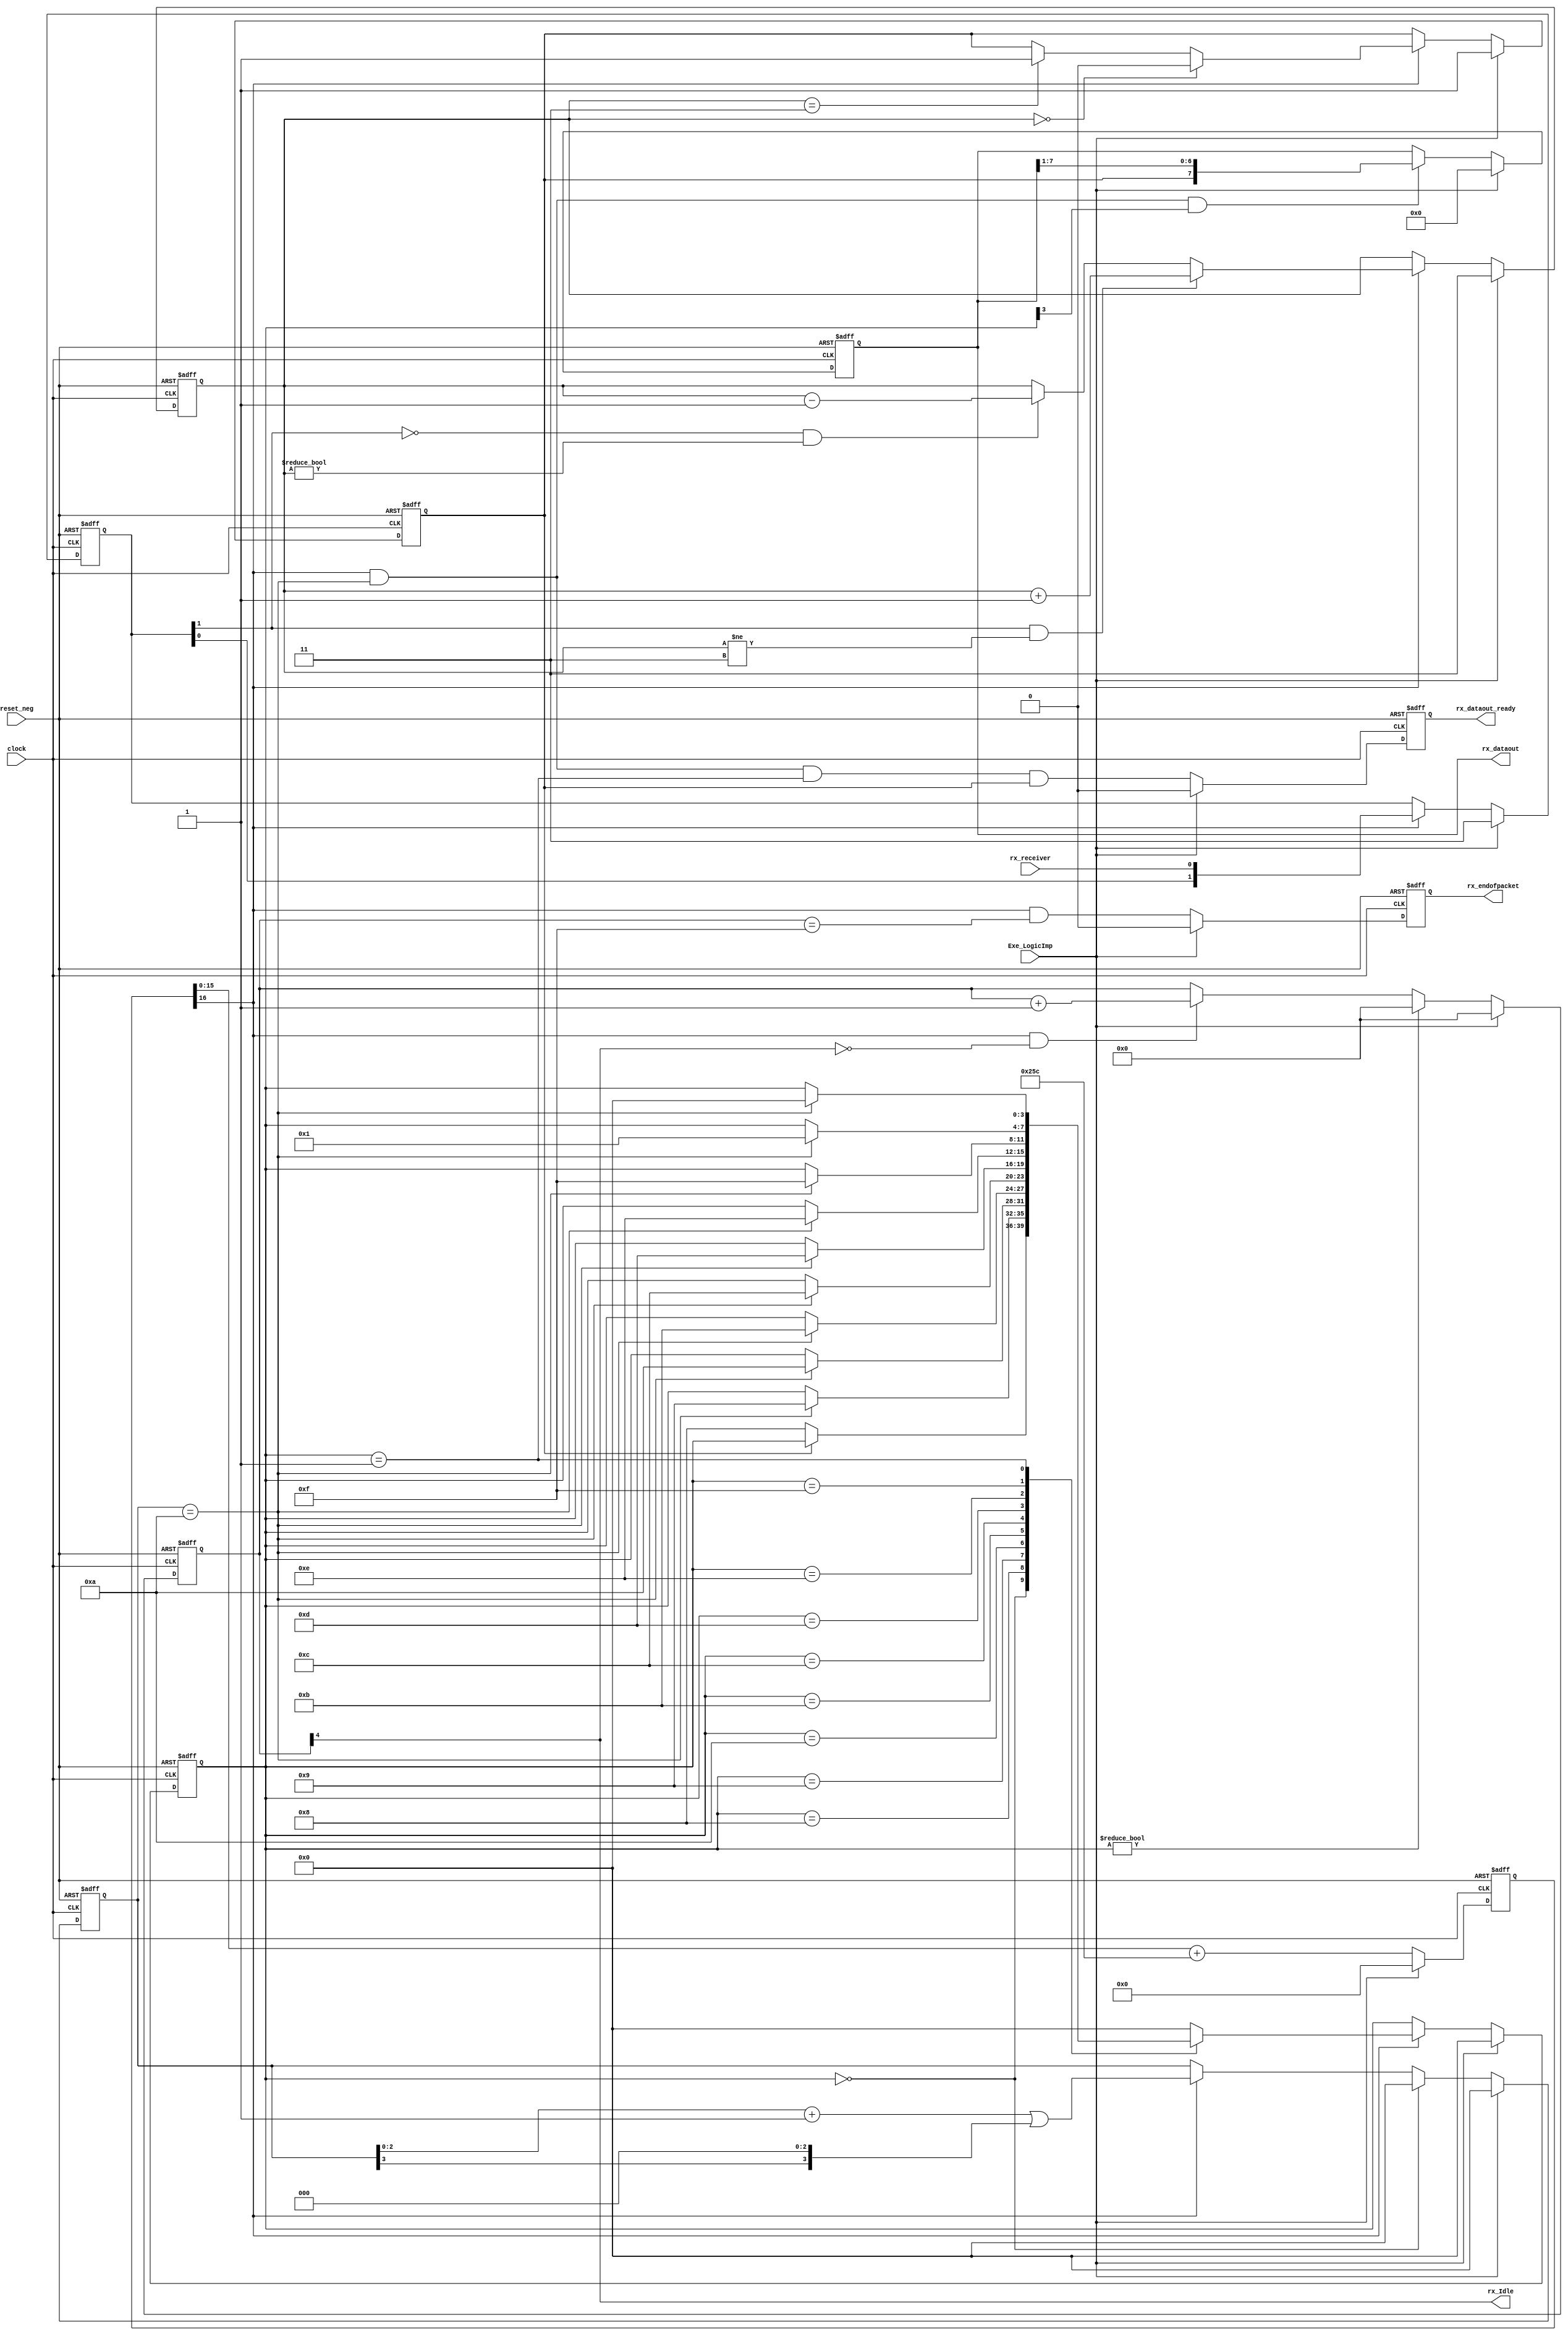
module RS232_Rx (
    reset_neg,
    clock,
    rx_receiver,
    rx_dataout_ready,
    rx_dataout,
    // Optional pins for identifying long breaks in data reception
    rx_endofpacket,
    rx_Idle,
    Exe_LogicImp
);

parameter HIGH = 1'b1;
parameter LOW = 1'b0;

// `ifdef ML401
parameter CLOCK_FREQ = 100000000; // 100MHz
// `else // ifdef ML461
// parameter CLOCK_FREQ = 33000000; // 33MHz
// `endif

parameter BAUD_RATE = 115200; // 115200;
parameter BAUD_RATE_8X = BAUD_RATE * 8;

parameter BAUD_8X_ACC_WIDTH = 16;

input reset_neg;
input clock;
input rx_receiver;
input Exe_LogicImp;
output rx_dataout_ready;
output [7:0] rx_dataout;

// Optional pins for identifying long breaks in data reception
output rx_endofpacket; // One clock pulse when no more data is received (rx_Idle goes high)
output rx_Idle; // No data is being received

wire [BAUD_8X_ACC_WIDTH:0] Baud_8X_Incr;
reg [BAUD_8X_ACC_WIDTH:0] Baud_8X_Acc;

assign Baud_8X_Incr = ((BAUD_RATE_8X << (BAUD_8X_ACC_WIDTH - 7)) + (CLOCK_FREQ >> 8)) / (CLOCK_FREQ >> 7);
always @(posedge clock or negedge reset_neg) begin
    if (reset_neg == LOW) begin
        Baud_8X_Acc <= {(BAUD_8X_ACC_WIDTH + 1){LOW}};
    end
    else if (Exe_LogicImp == 1'b1) begin
        Baud_8X_Acc <= {(BAUD_8X_ACC_WIDTH + 1){LOW}};
    end
    else begin
        Baud_8X_Acc <= Baud_8X_Acc[BAUD_8X_ACC_WIDTH - 1:0] + Baud_8X_Incr;
    end
end

wire Baud_Pulse_8x = Baud_8X_Acc[BAUD_8X_ACC_WIDTH];

reg [1:0] Rx_Sync;
always @(posedge clock or negedge reset_neg) begin
    if (reset_neg == LOW) begin
        Rx_Sync <= 2'b11;
    end
    else if (Exe_LogicImp == 1'b1) begin
        Rx_Sync <= 2'b11;
    end
    else if (Baud_Pulse_8x) begin
        Rx_Sync <= {Rx_Sync[0], rx_receiver};
    end
end

reg [1:0] Rx_Count;
reg Rx_Bit;

always @(posedge clock or negedge reset_neg) begin
    if (reset_neg == LOW) begin
        Rx_Count <= 2'b11;
        Rx_Bit <= HIGH;
    end
    else if (Exe_LogicImp == 1'b1) begin
        Rx_Count <= 2'b11;
        Rx_Bit <= HIGH;
    end
    else if (Baud_Pulse_8x) begin
        if (Rx_Sync[1] && Rx_Count != 2'b11) begin
            Rx_Count <= Rx_Count + 2'h1;
        end
        else if (~Rx_Sync[1] && Rx_Count != 2'b00) begin
            Rx_Count <= Rx_Count - 2'h1;
        end
        if (Rx_Count == 2'b00) begin
            Rx_Bit <= 1'b0;
        end
        else if (Rx_Count == 2'b11) begin
            Rx_Bit <= 1'b1;
        end
    end
end

reg [3:0] State;
reg [3:0] Bit_Spacing;
wire next_bit = (Bit_Spacing == 4'd10);

always @(posedge clock or negedge reset_neg) begin
    if (reset_neg == LOW) begin
        Bit_Spacing <= 4'b0000;
    end
    else if (Exe_LogicImp == 1'b1) begin
        Bit_Spacing <= 4'b0000;
    end
    else if (State == 0) begin
        Bit_Spacing <= 4'b0000;
    end
    else if (Baud_Pulse_8x) begin
        Bit_Spacing <= {Bit_Spacing[2:0] + 4'b0001} | {Bit_Spacing[3], 3'b000};
    end
end

always @(posedge clock or negedge reset_neg) begin
    if (reset_neg == LOW) begin
        State <= 4'b0000;
    end
    else if (Exe_LogicImp == 1'b1) begin
        State <= 4'b0000;
    end
    else if (Baud_Pulse_8x) begin
        case(State)
            4'b0000: if (~Rx_Bit) State <= 4'b1000; // Start bit found?
            4'b1000: if (next_bit) State <= 4'b1001; // Bit 0
            4'b1001: if (next_bit) State <= 4'b1010; // Bit 1
            4'b1010: if (next_bit) State <= 4'b1011; // Bit 2
            4'b1011: if (next_bit) State <= 4'b1100; // Bit 3
            4'b1100: if (next_bit) State <= 4'b1101; // Bit 4
            4'b1101: if (next_bit) State <= 4'b1110; // Bit 5
            4'b1110: if (next_bit) State <= 4'b1111; // Bit 6
            4'b1111: if (next_bit) State <= 4'b0001; // Bit 7
            4'b0001: if (next_bit) State <= 4'b0000; // Stop bit
            default: State <= 4'b0000;
        endcase
    end
end

reg [7:0] rx_dataout;
always @(posedge clock or negedge reset_neg) begin
    if (reset_neg == LOW) begin
        rx_dataout <= 8'h00;
    end
    else if (Exe_LogicImp == 1'b1) begin
        rx_dataout <= 8'h00;
    end
    else if (Baud_Pulse_8x && next_bit && State[3]) begin
        rx_dataout <= {Rx_Bit, rx_dataout[7:1]};
    end
end

reg rx_dataout_ready, RxD_data_error;
always @(posedge clock or negedge reset_neg) begin
    if (reset_neg == LOW) begin
        rx_dataout_ready <= LOW;
        RxD_data_error <= LOW;
    end
    else if (Exe_LogicImp == 1'b1) begin
        rx_dataout_ready <= LOW;
        RxD_data_error <= LOW;
    end
    else begin
        rx_dataout_ready <= (Baud_Pulse_8x && next_bit && State == 4'b0001 && Rx_Bit); // Ready only if the stop bit is received
        RxD_data_error <= (Baud_Pulse_8x && next_bit && State == 4'b0001 && ~Rx_Bit); // Error if the stop bit is not received
    end
end

// Optional functionality for detection of a gap if it occurs in the received stream of characters.
reg [4:0] gap_count;
always @ (posedge clock or negedge reset_neg) begin
    if (reset_neg == LOW) begin
        gap_count <= 5'h00;
    end
    else if (Exe_LogicImp == 1'b1) begin
        gap_count <= 5'h00;
    end
    else if (State != 0) begin
        gap_count <= 5'h00;
    end
    else if (Baud_Pulse_8x && ~gap_count[4]) begin
        gap_count <= gap_count + 5'h01;
    end
end

assign rx_Idle = gap_count[4];

reg rx_endofpacket;
always @(posedge clock or negedge reset_neg) begin
    if (reset_neg == LOW) begin
        rx_endofpacket <= LOW;
    end
    else if (Exe_LogicImp == 1'b1) begin
        rx_endofpacket <= LOW;
    end
    else begin
        rx_endofpacket <= Baud_Pulse_8x && (gap_count == 5'h0F);
    end
end

endmodule